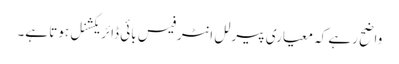
واضح رہے کہ معیاری پیرلل انٹرفیس بائی ڈائریکشنل ہوتا ہے۔